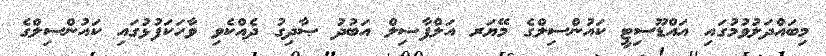
މިބައްދަލުވުމުގައި އައްޑޫސިޓީ ކައުންސިލްގެ މޭޔަރ އަލްފާޟިލް އަބުދު ޞާދިގު ދެއްކެވި ވާހަކަފުޅުގައި ކައުންސިލްގެ